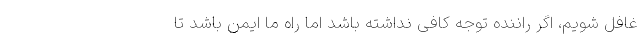
غافل شویم، اگر راننده توجه کافی نداشته باشد اما راه ما ایمن باشد تا